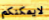
لايمكنكم